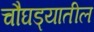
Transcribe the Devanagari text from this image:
चौघड्यातील